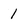
Character: 1